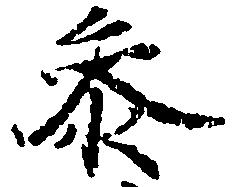
参